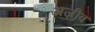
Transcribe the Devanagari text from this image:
अज़ीव